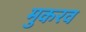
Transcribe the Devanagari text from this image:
मुकरव